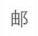
由阝